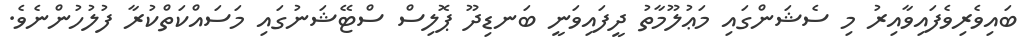
ބައިވެރިވެފައިވާއިރު މި ސެޝަންގައި މަޢުލޫމާތު ދީފައިވަނީ ބަނޑިދޫ ޕޮލިސް ސްޓޭޝަނުގައި މަސައްކަތްކުރާ ފުލުހުންނެވެ.